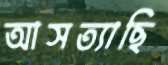
আসত্যাছি